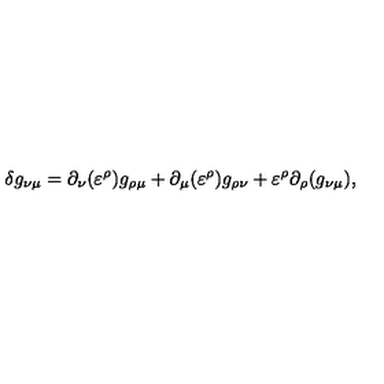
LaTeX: \delta g _ { \nu \mu } = \partial _ { \nu } ( \varepsilon ^ { \rho } ) g _ { \rho \mu } + \partial _ { \mu } ( \varepsilon ^ { \rho } ) g _ { \rho \nu } + \varepsilon ^ { \rho } \partial _ { \rho } ( g _ { \nu \mu } ) ,